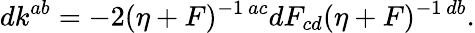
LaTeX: dk^{ab}=-2(\eta+F)^{-1~ac}dF_{cd}(\eta+F)^{-1~db}.